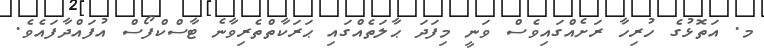
މ. އަތޮޅުގެ ހުރިހާ ރަށެއްގައިވެސް ވަނީ މިފަދަ ޙާލަތެއްގައި ޙަރަކާތްތެރިވާނެ ޓާސްކްފޯސް އުފައްދާފައެވެ.